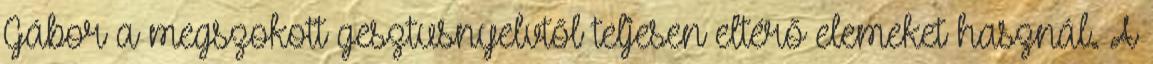
Gábor a megszokott gesztusnyelvtől teljesen eltérő elemeket használ. A